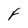
Character: F